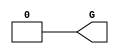
module GND_1(output G);
  assign G = 0;
endmodule